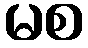
မစ